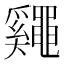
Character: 𪓷